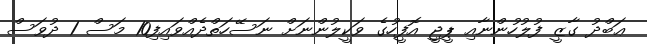
ޢަބްދު ގާޒީ ފުލުހުންނާއި ޕީޖީ އޮފީހުގެ ވަކީލުންނަށް ނަސޭހަތްދެއްވައިފި10 މަސް 1 ދުވަސް